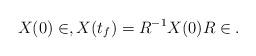
LaTeX: \begin{align*}X(0) \in \sl,X(t_f) = R^{-1} X(0) R \in \sl.\end{align*}